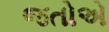
જતોએ